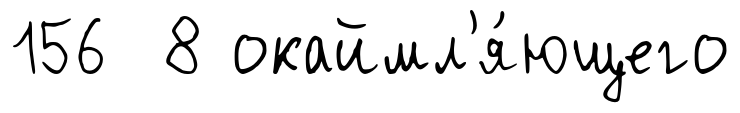
156 8 окаймл'я́ющего